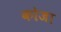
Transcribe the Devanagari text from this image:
कोजा